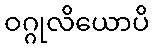
ဝဂ္ဂုလိယောပိ